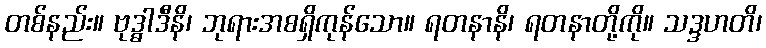
တစ်နည်း။ ဗုဒ္ဓါဒီနိ၊ ဘုရားအစရှိကုန်သော။ ရတနာနိ၊ ရတနာတို့ကို။ သဒ္ဒဟတိ၊